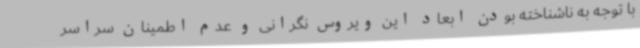
با توجه به ناشناخته بودن ابعاد این ویروس نگرانی و عدم اطمینان سراسر